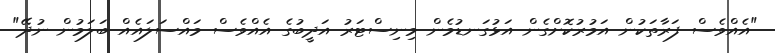
"އެއްވެސް ފަރާތަކުން އަމުރުކޮށްގެން އަޅުގަނޑުމެން މިނިސްޓަރު އަދީބުގެ އެއްވެސް މައްސަލައެއް ބަލަމުން ނުދޭ"